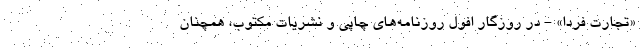
«تجارت فردا» - در روزگار افول روزنامه‌های چاپی و نشریات مکتوب، همچنان